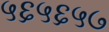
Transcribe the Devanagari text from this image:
५६५६५७